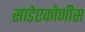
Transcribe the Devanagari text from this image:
साडेएकोणीस